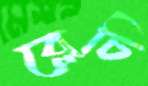
ব্লেচি